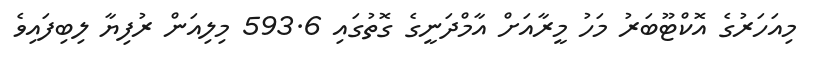
މިއަހަރުގެ އޮކްޓޫބަރު މަހު މީރާއަށް އާމްދަނީގެ ގޮތުގައި 593.6 މިލިއަން ރުފިޔާ ލިބިފައިވެ